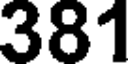
381